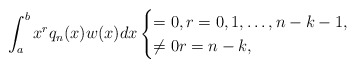
\begin{align*}\int_{a}^{b} x^r q_n(x)w(x)dx \begin{cases}= 0, r=0,1,\ldots, n-k-1, \\\neq 0 r =n-k,\end{cases}\end{align*}